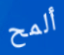
ألمح